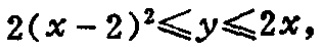
\(2(x - 2)^2\leqslant y\leqslant 2x\)